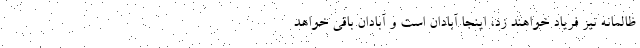
ظالمانه نیز فریاد خواهند زد، اینجا آبادان است و آبادان باقی خواهد